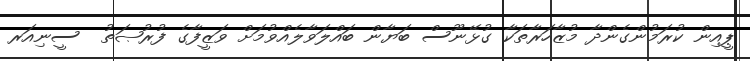
ޕީއިން ކުރަމުންގެންދާ މުޒާހަރާތަކާ ގުޅޭނޫސް ބަޔާން ބައްލަވާލެއްވުމަށް ވަޒީފާގެ ފުރުޞަތު  ސީނިއަރ